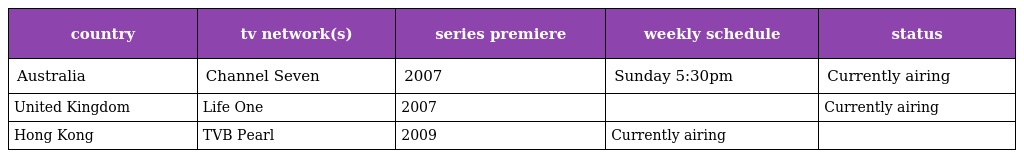
| country | tv network(s) | series premiere | weekly schedule | status |
 | --- | --- | --- | --- | --- |
 | Australia | Channel Seven | 2007 | Sunday 5:30pm | Currently airing |
 | United Kingdom | Life One | 2007 |  | Currently airing |
 | Hong Kong | TVB Pearl | 2009 | Currently airing |  |